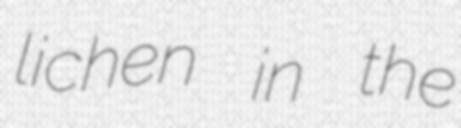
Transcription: lichen in the